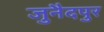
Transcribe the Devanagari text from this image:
जुनैदपुर